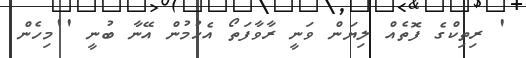
' ރިތިކްގެ ފޮތެއް ލިޔަން ވަނީ ރާވާފަތޯ އެހުމުން އޭނާ ބުނީ ''މިހެން